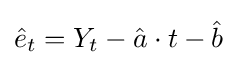
{\hat {e}}_{t}=Y_{t}-{\hat {a}}\cdot t-{\hat {b}}